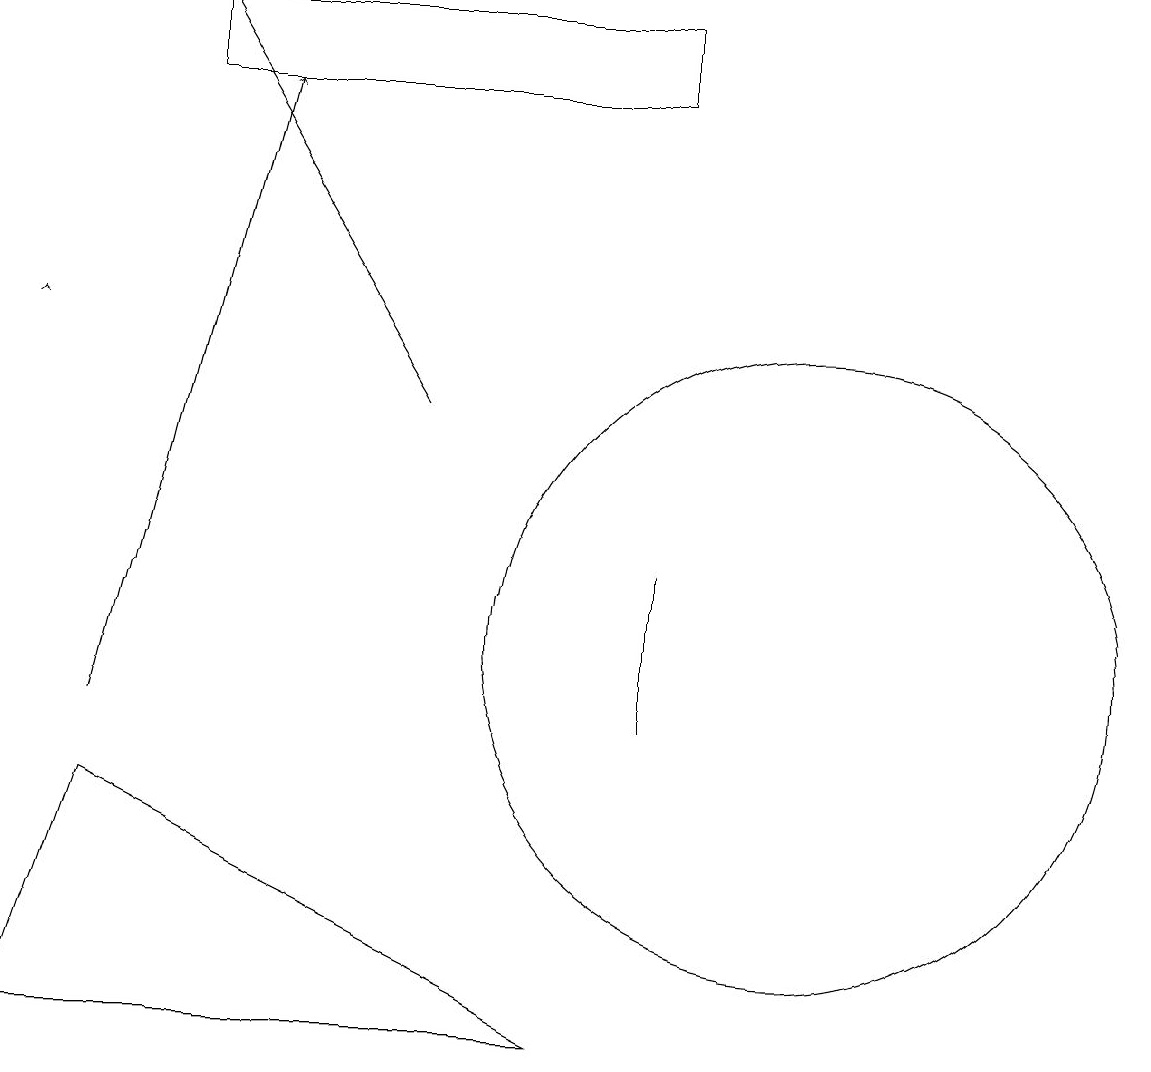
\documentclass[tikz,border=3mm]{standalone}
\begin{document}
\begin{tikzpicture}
\draw (8,10) rectangle (8,12);
\draw (8,19) rectangle (2,18);
\draw[->] (1,10) -- (3,18);
\draw[->] (0,15) -- (0,15);
\draw (10,11) circle (4);
\draw[->] (5,14) -- (2,19);
\draw (1,9) -- (7,6) -- (0,6) -- cycle;
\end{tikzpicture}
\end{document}